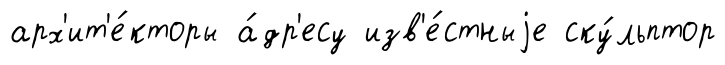
арх'ит'е́кторы а́др'есу изв'е́стныjе ску́льптор